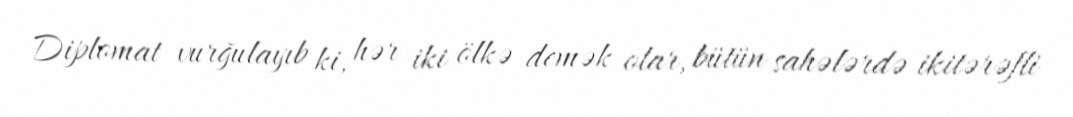
Diplomat vurğulayıb ki, hər iki ölkə demək olar, bütün sahələrdə ikitərəfli